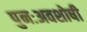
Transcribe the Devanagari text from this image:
पुनःअवशोषी